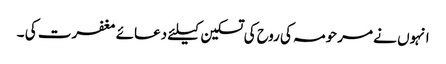
انہوں نے مرحومہ کی روح کی تسکین کیلئے دعائے مغفرت کی ۔